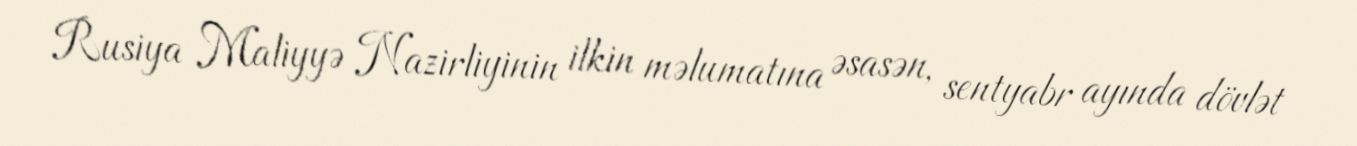
Rusiya Maliyyə Nazirliyinin ilkin məlumatına əsasən, sentyabr ayında dövlət